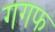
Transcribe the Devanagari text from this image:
गगफ